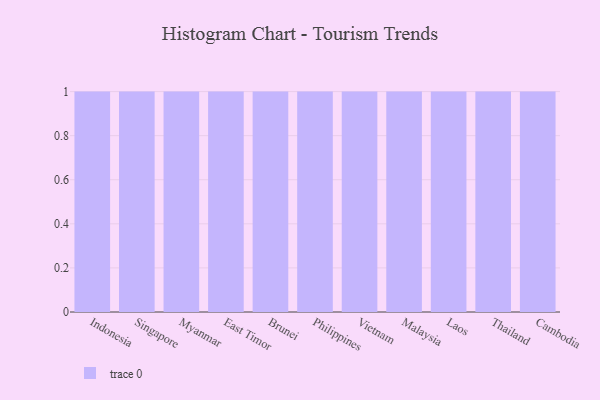
{"axis": {"x": "Country", "y": "Population (Million)"}, "legend": [""], "data": [{"x": "Indonesia", "y": 18, "type": ""}, {"x": "Singapore", "y": 100, "type": ""}, {"x": "Myanmar", "y": 92, "type": ""}, {"x": "East Timor", "y": 61, "type": ""}, {"x": "Brunei", "y": 4, "type": ""}, {"x": "Philippines", "y": 81, "type": ""}, {"x": "Vietnam", "y": 16, "type": ""}, {"x": "Malaysia", "y": 50, "type": ""}, {"x": "Laos", "y": 64, "type": ""}, {"x": "Thailand", "y": 23, "type": ""}, {"x": "Cambodia", "y": 34, "type": ""}]}